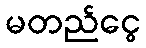
မတည်ငွေ